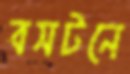
বসটনে